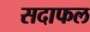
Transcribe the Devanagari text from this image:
सदाफल